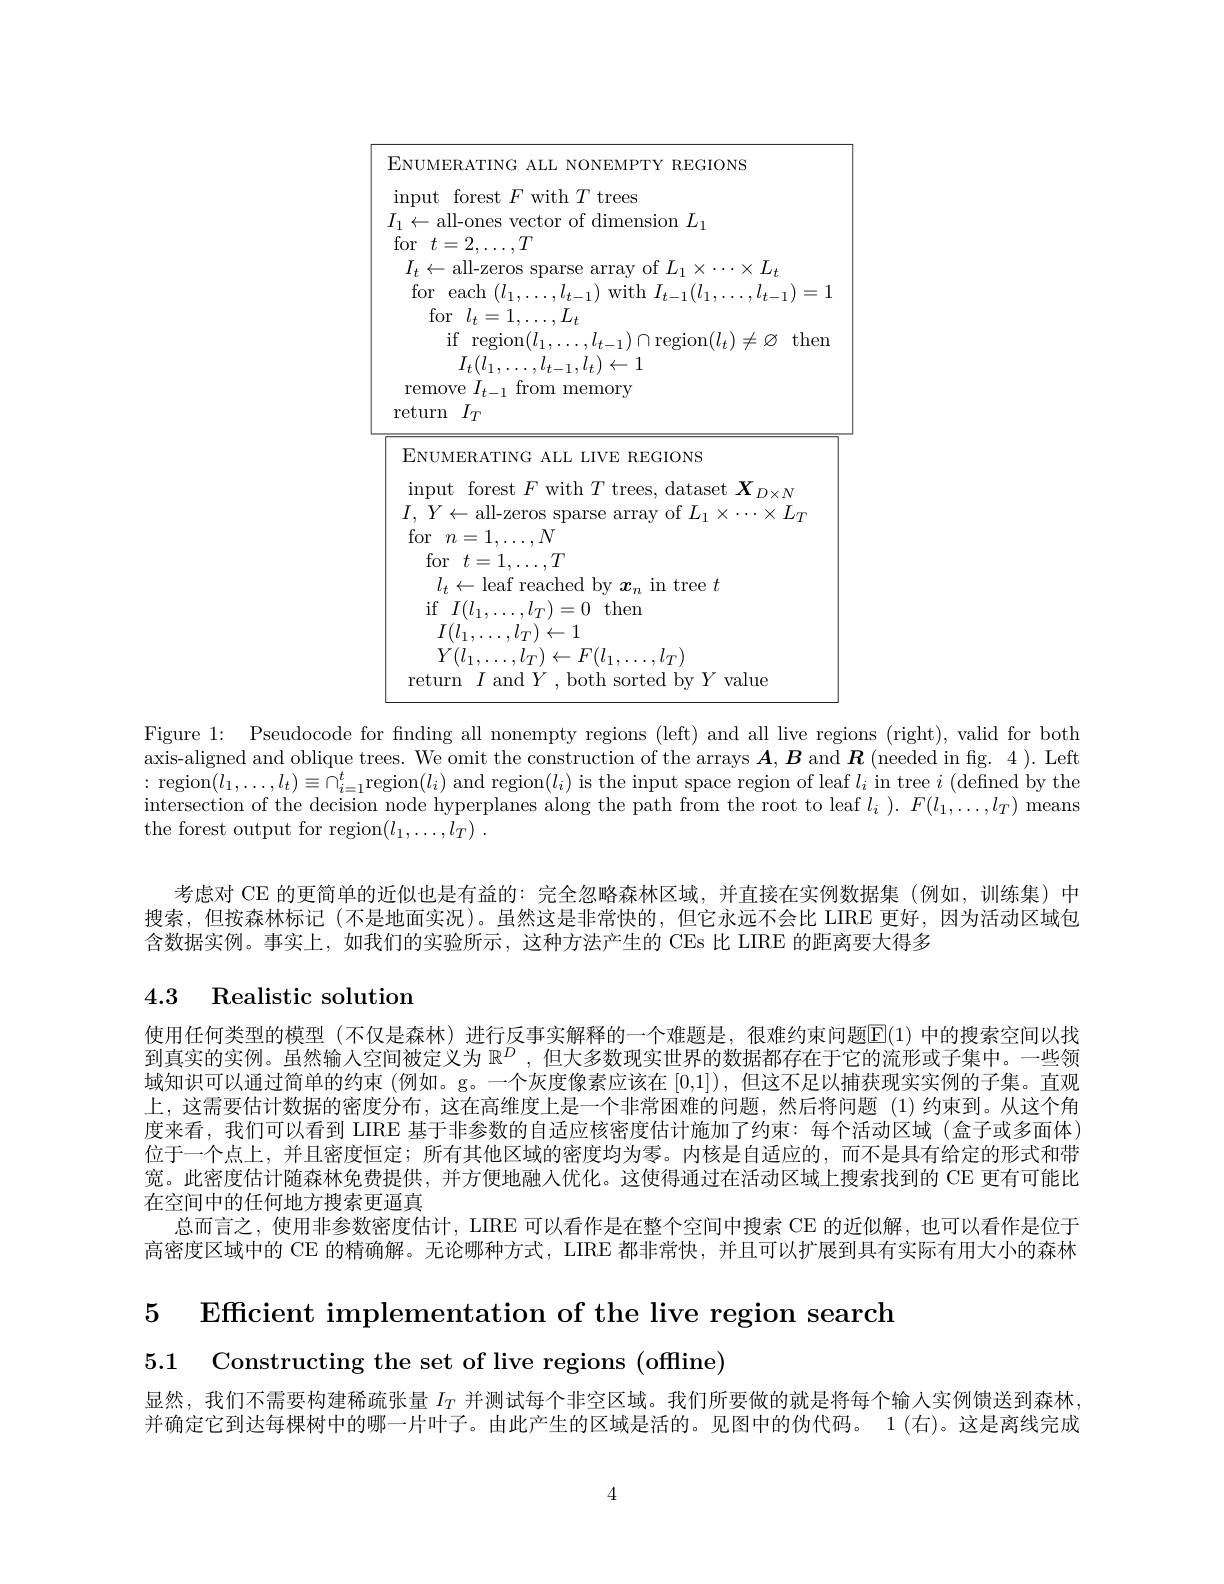
<FigureHere>

Figure 1: Pseudocode for finding all nonempty regions (left) and all live regions (right), valid for both axis-aligned and oblique trees. We omit the construction of the arrays $\boldsymbol{A},\boldsymbol{B}$ and $\boldsymbol{R}($needed in fig. 4 ). Left : region$(l_1,\ldots,l_t)\equiv\cap_i=1^t$region$(l_i)$ and region$(l_i)$ is the input space region of leaf $l_i$ in tree $i$ (defined by the intersection of the decision node hyperplanes along the path from the root to leaf $l_i).F(l_1,\ldots,l_T)$ means the forest output for region$( l_1, \ldots , l_T)$ .

考虑对 CE 的更简单的近似也是有益的：完全忽略森林区域，并直接在实例数据集(例如，训练集)中搜索，但按森林标记 (不是地面实况)。虽然这是非常快的，但它永远不会比 LIRE 更好，因为活动区域包含数据实例。事实上，如我们的实验所示，这种方法产生的 CEs 比 LIRE 的距离要大得多

## 4.3 Realistic solution

使用任何类型的模型 (不仅是森林)进行反事实解释的一个难题是，很难约束问题$\mathbb{E}(1)$ 中的搜索空间以找到真实的实例。虽然输人空间被定义为$\mathbb{R} ^D$ , 但 大 多 数 现 实 世 界 的 数 据 都 存 在 于 它 的 流 形 或 子 集 中 。一 些 领 域知识可以通过简单的约束 (例如。g。一个灰度像素应该在[0,1]),但这不足以捕获现实实例的子集。直观上，这需要估计数据的密度分布，这在高维度上是一个非常困难的问题，然后将问题(1)约束到。从这个角度来看，我们可以看到 LIRE 基于非参数的自适应核密度估计施加了约束：每个活动区域(盒子或多面体) 位于一个点上，并且密度恒定；所有其他区域的密度均为零。内核是自适应的，而不是具有给定的形式和带宽。此密度估计随森林免费提供，并方便地融入优化。这使得通过在活动区域上搜索找到的 CE 更有可能比在空间中的任何地方搜索更逼真
总而言之，使用非参数密度估计，LIRE 可以看作是在整个空间中搜索 CE 的近似解，也可以看作是位于高密度区域中的 CE 的精确解。无论哪种方式，LIRE 都非常快，并且可以扩展到具有实际有用大小的森林

5 Efficient implementation of the live region search
5.1 Constructing the set of live regions (offline)

显然，我们不需要构建稀疏张量$I_T$并测试每个非空区域。我们所要做的就是将每个输人实例馈送到森林并确定它到达每棵树中的哪一片叶子。由此产生的区域是活的。见图中的伪代码。1(右)。这是离线完成

4